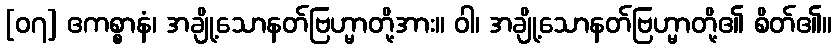
[၀၇] ဧကစ္စာနံ၊ အချို့သောနတ်ဗြဟ္မာတို့အား။ ဝါ၊ အချို့သောနတ်ဗြဟ္မာတို့၏ စိတ်၏။